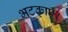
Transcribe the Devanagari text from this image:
भटकाएँ।